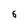
Character: 6